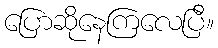
ပြောဆိုနေကြလေပြီ။